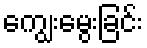
ကျွေးမွေးခြင်း